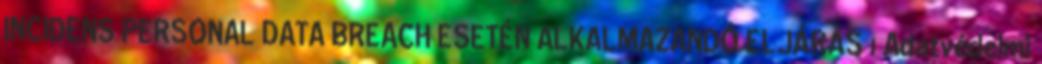
INCIDENS PERSONAL DATA BREACH ESETÉN ALKALMAZANDÓ ELJÁRÁS 1 Adatvédelmi